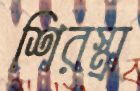
শিরস্ত্রা